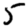
Digit: 5